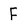
Character: F